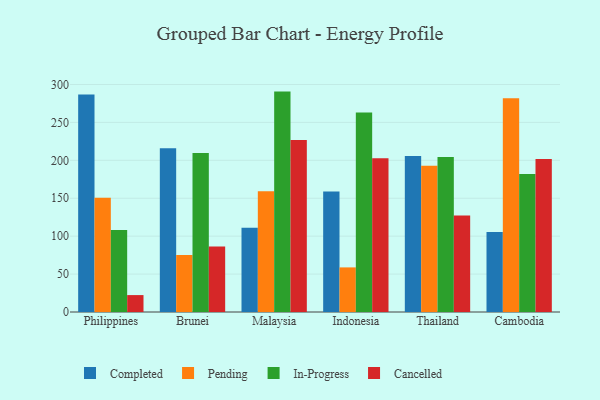
{"axis": {"x": "Country", "y": "Temperature (°C)"}, "legend": ["Cancelled", "Completed", "In-Progress", "Pending"], "data": [{"x": "Philippines", "y": 286.7, "type": "Completed"}, {"x": "Philippines", "y": 150.8, "type": "Pending"}, {"x": "Philippines", "y": 108.0, "type": "In-Progress"}, {"x": "Philippines", "y": 22.3, "type": "Cancelled"}, {"x": "Brunei", "y": 215.9, "type": "Completed"}, {"x": "Brunei", "y": 75.3, "type": "Pending"}, {"x": "Brunei", "y": 209.8, "type": "In-Progress"}, {"x": "Brunei", "y": 86.5, "type": "Cancelled"}, {"x": "Malaysia", "y": 111.2, "type": "Completed"}, {"x": "Malaysia", "y": 159.1, "type": "Pending"}, {"x": "Malaysia", "y": 290.6, "type": "In-Progress"}, {"x": "Malaysia", "y": 226.7, "type": "Cancelled"}, {"x": "Indonesia", "y": 158.8, "type": "Completed"}, {"x": "Indonesia", "y": 58.8, "type": "Pending"}, {"x": "Indonesia", "y": 263.1, "type": "In-Progress"}, {"x": "Indonesia", "y": 202.7, "type": "Cancelled"}, {"x": "Thailand", "y": 205.6, "type": "Completed"}, {"x": "Thailand", "y": 192.9, "type": "Pending"}, {"x": "Thailand", "y": 204.5, "type": "In-Progress"}, {"x": "Thailand", "y": 127.2, "type": "Cancelled"}, {"x": "Cambodia", "y": 105.6, "type": "Completed"}, {"x": "Cambodia", "y": 281.7, "type": "Pending"}, {"x": "Cambodia", "y": 181.9, "type": "In-Progress"}, {"x": "Cambodia", "y": 201.8, "type": "Cancelled"}]}